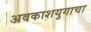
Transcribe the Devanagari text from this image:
अवकाशयुगाचा